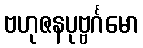
ဗဟုဇနပုဗ္ဗင်္ဂမော